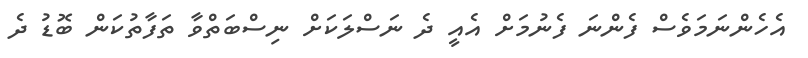
އެހެންނަމަވެސް ފެންނަ ފެނުމަށް އެއީ ދެ ނަސްލަކަށް ނިސްބަތްވާ ތަފާތުކަން ބޮޑު ދެ